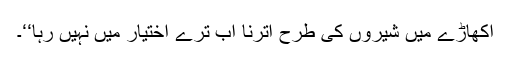
اکھاڑے میں شیروں کی طرح اترنا اب ترے اختیار میں نہیں رہا‘‘۔